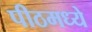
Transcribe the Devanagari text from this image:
पीठमध्ये